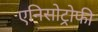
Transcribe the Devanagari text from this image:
एनिसोट्रोफी